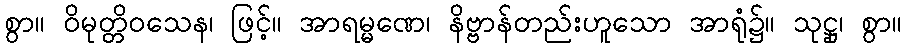
စွာ။ ဝိမုတ္တိဝသေန၊ ဖြင့်။ အာရမ္မဏေ၊ နိဗ္ဗာန်တည်းဟူသော အာရုံ၌။ သုဋ္ဌု၊ စွာ။